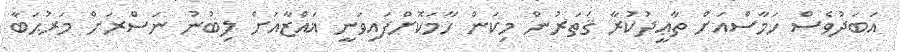
އަބަދުވެސް ހަމާސްއަށް ތާޢީދުކުރާ ޤަތަރުން މިކަން ހާމަކޮށްފައިވަނީ ޣައްޒާއަށް ލިބުނު ނަސްރަށް މަރުޙަބާ